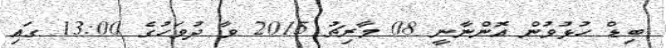
ބިޑް ހުޅުވުން އޮންނާނީ 08 މާރިޗު 2015 ވާ ދުވަހުގެ 13:00 ގައި